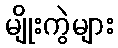
မျိုးကွဲများ